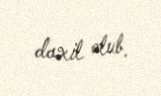
daxil olub.